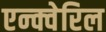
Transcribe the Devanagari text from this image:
एन्क्वेरिल